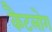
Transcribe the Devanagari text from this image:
कैटलोग